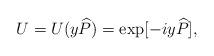
LaTeX: \begin{align*}U=U( y{\widehat{P}})=\exp [-i y{\widehat{P}}],\end{align*}